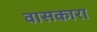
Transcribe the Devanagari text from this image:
वासकारा